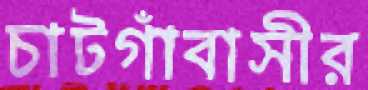
চাটগাঁবাসীর